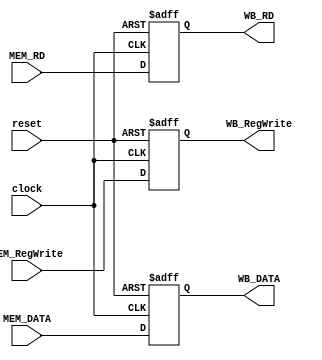
/* MEM_WB.v
 * UMAINE ECE 473
 * Initial Author: Ryan Kinney <ryan.kinney@maine.edu>
 * Other Authors: Landyn Francis <landyn.francis@maine.edu> ...
 * Description:
	 The pipeline register between the memory (MEM)
	 and write-back (WB) stages of the CPU. Contains the data
	 and control signals.
*/

module MEM_WB(
	input wire MEM_RegWrite, // write into the register?
	output reg WB_RegWrite,
	
	input wire [31:0] MEM_DATA, // data to be written into the register
	output reg [31:0] WB_DATA,
	
	input wire [4:0] MEM_RD, // address of the register to write into
	output reg [4:0] WB_RD,
	
	input wire clock, // clock and reset lines
	input wire reset);

	always @(posedge clock or posedge reset) begin
		if(reset) begin
			// reset; set all outputs back to zero
			WB_RegWrite <= 1'd0;
			WB_DATA <= 31'd0;
			WB_RD <= 5'd0;
		end else begin
			// write the new values on rising clock edge
			WB_RegWrite <= MEM_RegWrite;
			WB_DATA <= MEM_DATA;
			WB_RD <= MEM_RD;
		end
	end
endmodule